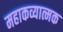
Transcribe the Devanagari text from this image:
महाकव्यात्मक